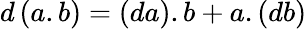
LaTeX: d\left(a.b\right)=\left(da\right).b+a.\left(db\right)